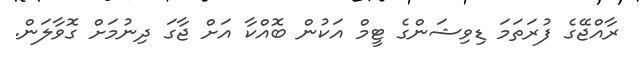
ރާއްޖޭގެ ފުރަތަމަ ޑިވިޝަންގެ ޓީމް އަކުން ބޮއްކާ އަށް ޖާގަ ދިނުމަށް ގޮވާލަން.